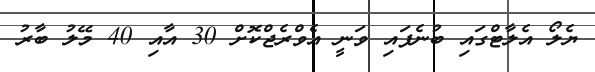
ޔެލޯ އެލާޓްގައި ބުނެފައި ވަނީ އެވްރެޖްކޮށް 30 އާއި 40 މޭލު ބާރު